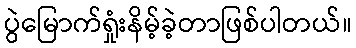
ပွဲမြောက်ရှုံးနိမ့်ခဲ့တာဖြစ်ပါတယ်။